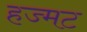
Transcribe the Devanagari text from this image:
हज्मट